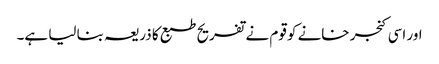
اور اسی کنجر خانے کو قوم نے تفریح طبع کا ذریعہ بنا لیا ہے۔